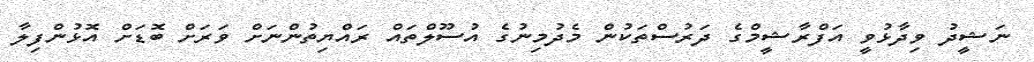
ނަޝީދު ވިދާޅުވީ އަފްރާޝީމްގެ ދަރުސްތަކުން މެދުމިނުގެ އުސޫލްތައް ރައްޔިތުންނަށް ވަރަށް ބޮޑަށް އޮޅުންފިލާ